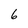
Character: 6